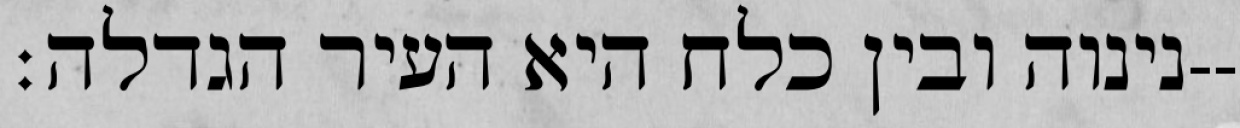
נינוה ובין כלח היא העיר הגדלה׃--